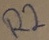
Text: R2